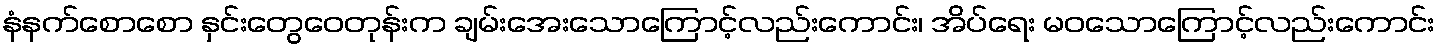
နံနက်စောစော နှင်းတွေဝေတုန်းက ချမ်းအေးသောကြောင့်လည်းကောင်း၊ အိပ်ရေး မဝသောကြောင့်လည်းကောင်း